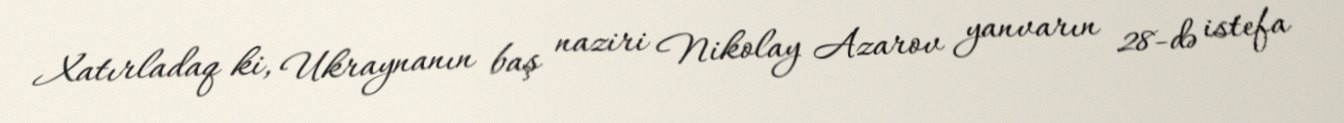
Xatırladaq ki, Ukraynanın baş naziri Nikolay Azarov yanvarın 28-də istefa